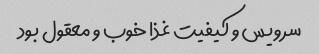
سرویس و کیفیت غذا خوب و معقول بود